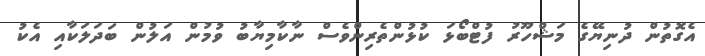
އެގޮތުން ދުނިޔޭގެ މަޝްހޫރު ފުޓްބޯޅަ ކުޅުންތެރިންވެސް ނާކާމިޔާބު ވުމުން އަލުން ބަދަލަކާއި އެކު